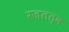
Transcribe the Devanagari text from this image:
रजतत्व